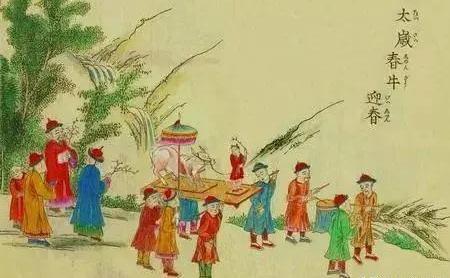
鞭扑之子，不从父之教